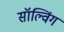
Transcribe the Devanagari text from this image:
सॉल्विंग